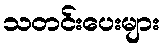
သတင်းပေးများ